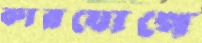
কারযোগে